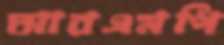
আরএমপি